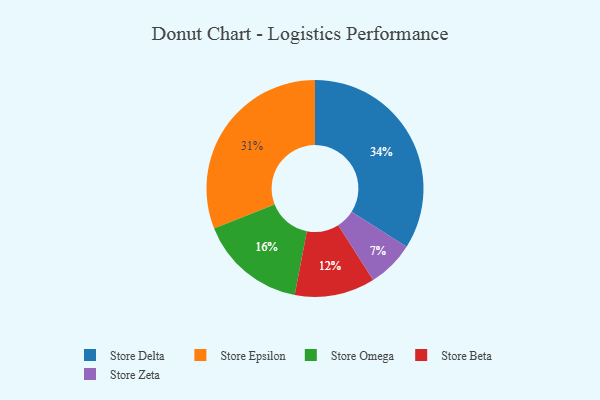
{"axis": {"x": "Category", "y": "Percentage"}, "legend": ["Store Beta", "Store Delta", "Store Epsilon", "Store Omega", "Store Zeta"], "data": [{"x": "Store Beta", "y": 12, "type": "Store Beta"}, {"x": "Store Zeta", "y": 7, "type": "Store Zeta"}, {"x": "Store Delta", "y": 34, "type": "Store Delta"}, {"x": "Store Omega", "y": 16, "type": "Store Omega"}, {"x": "Store Epsilon", "y": 31, "type": "Store Epsilon"}]}